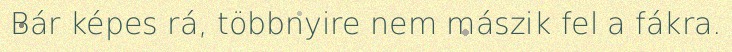
Bár képes rá, többnyire nem mászik fel a fákra.